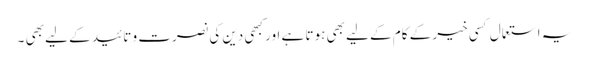
یہ استعمال کسی خیر کے کام کے لیے بھی ہوتا ہے اور کبھی دین کی نصرت و تائید کے لیے بھی ۔